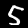
Digit: 5